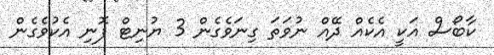
ކާބޯސް އަކީ އެކެއް ދޭއް ނުވަތަ ގިނަވެގެން 3 ޔުނިޓް ފޮނި އެކުވެގެން